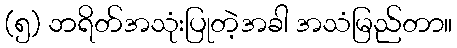
(၅) ဘရိတ်အသုံးပြုတဲ့အခါ အသံမြည်တာ။